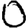
Digit: 0